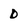
Character: d